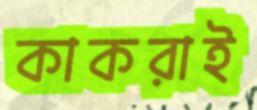
কাকরাই